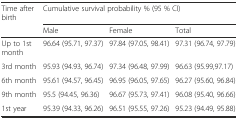
| Time after birth | <COLSPAN=3> Cumulative survival probability % (95 % CI) |
 |  | Male | Female | Total |
 | --- | --- | --- | --- |
 | Up to 1st month | 96.64 (95.71, 97.37) | 97.84 (97.05, 98.41) | 97.31 (96.74, 97.79) |
 | 3rd month | 95.93 (94.93, 96.74) | 97.34 (96.48, 97.99) | 96.63 (95.99,97.17) |
 | 6th month | 95.61 (94.57, 96.45) | 96.95 (96.05, 97.65) | 96.27 (95.60, 96.84) |
 | 9th month | 95.5 (94.45, 96.36) | 96.67 (95.73, 97.41) | 96.08 (95.40, 96.66) |
 | 1st year | 95.39 (94.33, 96.26) | 96.51 (95.55, 97.26) | 95.23 (94.49, 95.88) |